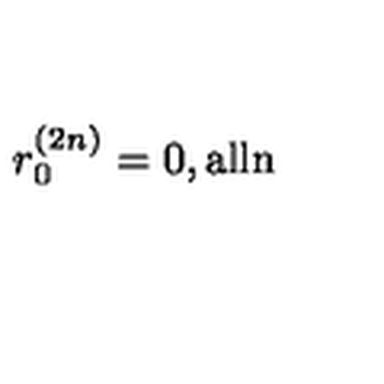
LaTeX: r _ { 0 } ^ { ( 2 n ) } = 0 , \mathrm { a l l n }